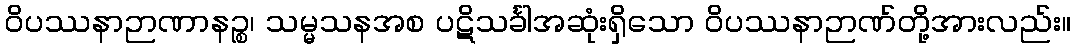
ဝိပဿနာဉာဏာနဉ္စ၊ သမ္မသနအစ ပဋိသင်္ခါအဆုံးရှိသော ဝိပဿနာဉာဏ်တို့အားလည်း။